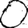
Digit: 0